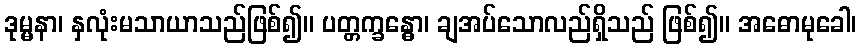
ဒုမ္မနာ၊ နှလုံးမသာယာသည်ဖြစ်၍။ ပတ္တက္ခန္ဓော၊ ချအပ်သောလည်ရှိသည် ဖြစ်၍။ အဓောမုခေါ၊